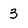
Character: 3